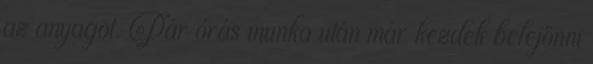
az anyagot. Pár órás munka után már kezdek belejönni